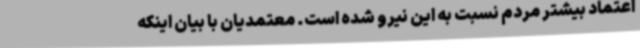
اعتماد بیشتر مردم نسبت به این نیرو شده است. معتمدیان با بیان اینکه